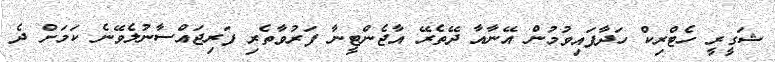
ޝަގީރީ ހެޓްރިކް ހަދާފައިވުމުން އޭނާއާ ދޭތެރޭ އާޖެންޓީނާ ފަރުވާތެރި ފަރިޖައްސާނުލެވޭނެ ކަމަށް ދެ